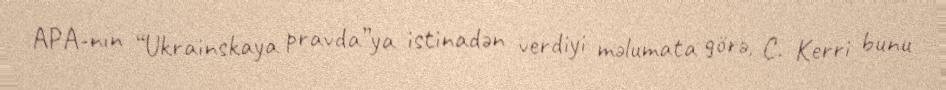
APA-nın “Ukrainskaya pravda”ya istinadən verdiyi məlumata görə, C. Kerri bunu